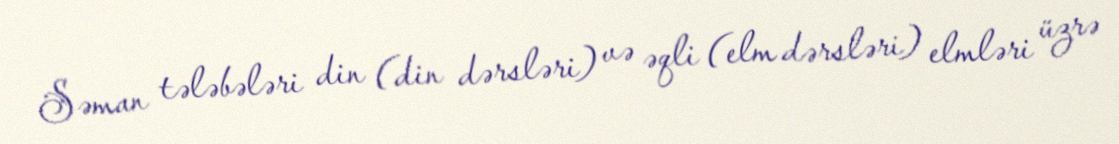
Səman tələbələri din (din dərsləri) və əqli (elm dərsləri) elmləri üzrə